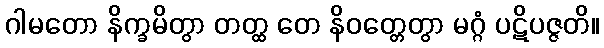
ဂါမတော နိက္ခမိတွာ တတ္ထ တေ နိဝတ္တေတွာ မဂ္ဂံ ပဋိပဇ္ဇတိ။